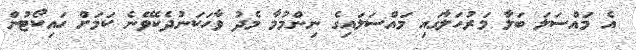
އެ މައްސަލަ ބަލާ މަރުހަލާގައި މައްސަލައިގެ ނިންމުމާ މެދު ވާހަކަނުދެކެވޭނެ ކަމަށް ހައިކޯޓުން